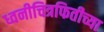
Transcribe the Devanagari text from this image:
ध्वनीचित्रफितीच्या